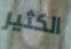
الكثير